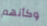
وكأنهم